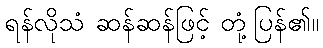
ရန်လိုသံ ဆန်ဆန်ဖြင့် တုံ့ပြန်၏။